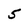
Character: 5